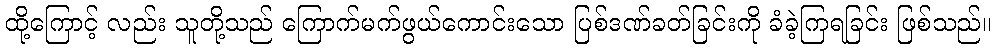
ထို့ကြောင့် လည်း သူတို့သည် ကြောက်မက်ဖွယ်ကောင်းသော ပြစ်ဒဏ်ခတ်ခြင်းကို ခံခဲ့ကြရခြင်း ဖြစ်သည်။